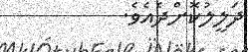
ދަލީލުކޮށްދެއެވެ.